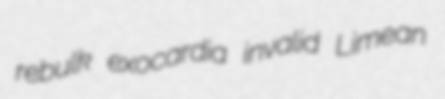
rebulk exocardia invalid Limean